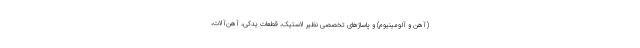
(آهن و آلومینیوم) و پاساژ‌های تخصصی نظیر لاستیک، قطعات یدکی، آهن‌آلات،